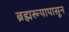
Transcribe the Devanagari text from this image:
ब्रह्मरूपापासून